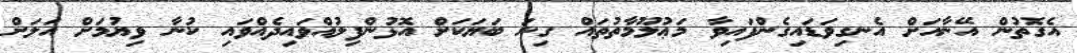
އެގޮތުން އޭނާއަށް އެނގިވަޑައިގެންފައިވާ މަޢުލޫމާތުތައް ގިނަ ބަޔަކަށް އޮޅުންފިލުއްވައިދެއްވައި ކުނާ ވިޔުމަށް އަލަށް